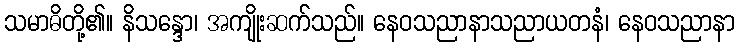
သမာဓိတို့၏။ နိသန္ဒော၊ အကျိုးဆက်သည်။ နေဝသညာနာသညာယတနံ၊ နေဝသညာနာ